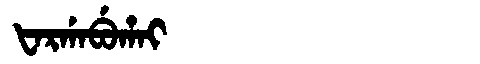
Manchu: ᡶᠠᡵᡤᠠᠪᡠᡥᠠᡳ
Romanization: FARGABUHAI